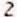
2